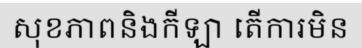
សុខភាពនិងកីឡា តើការមិន